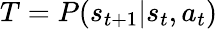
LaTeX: T=P(s_{t+1}|s_{t},a_{t})